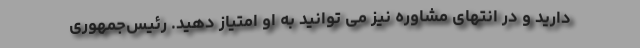
دارید و در انتهای مشاوره نیز می توانید به او امتیاز دهید. رئیس‌جمهوری